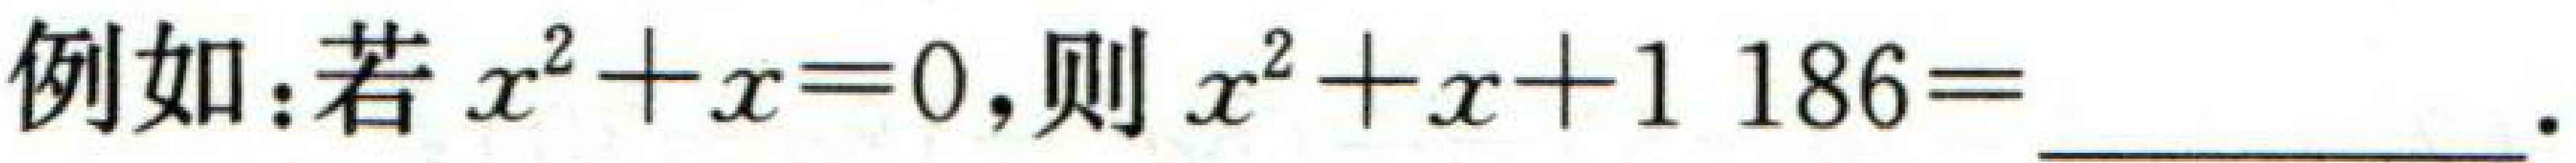
例如：若 \(x^{2}+x = 0\)，则 \(x^{2}+x + 1186=\underline{\qquad}\)。